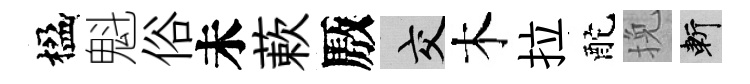
楹魁俗未蔌厫交木拉酡挽斬